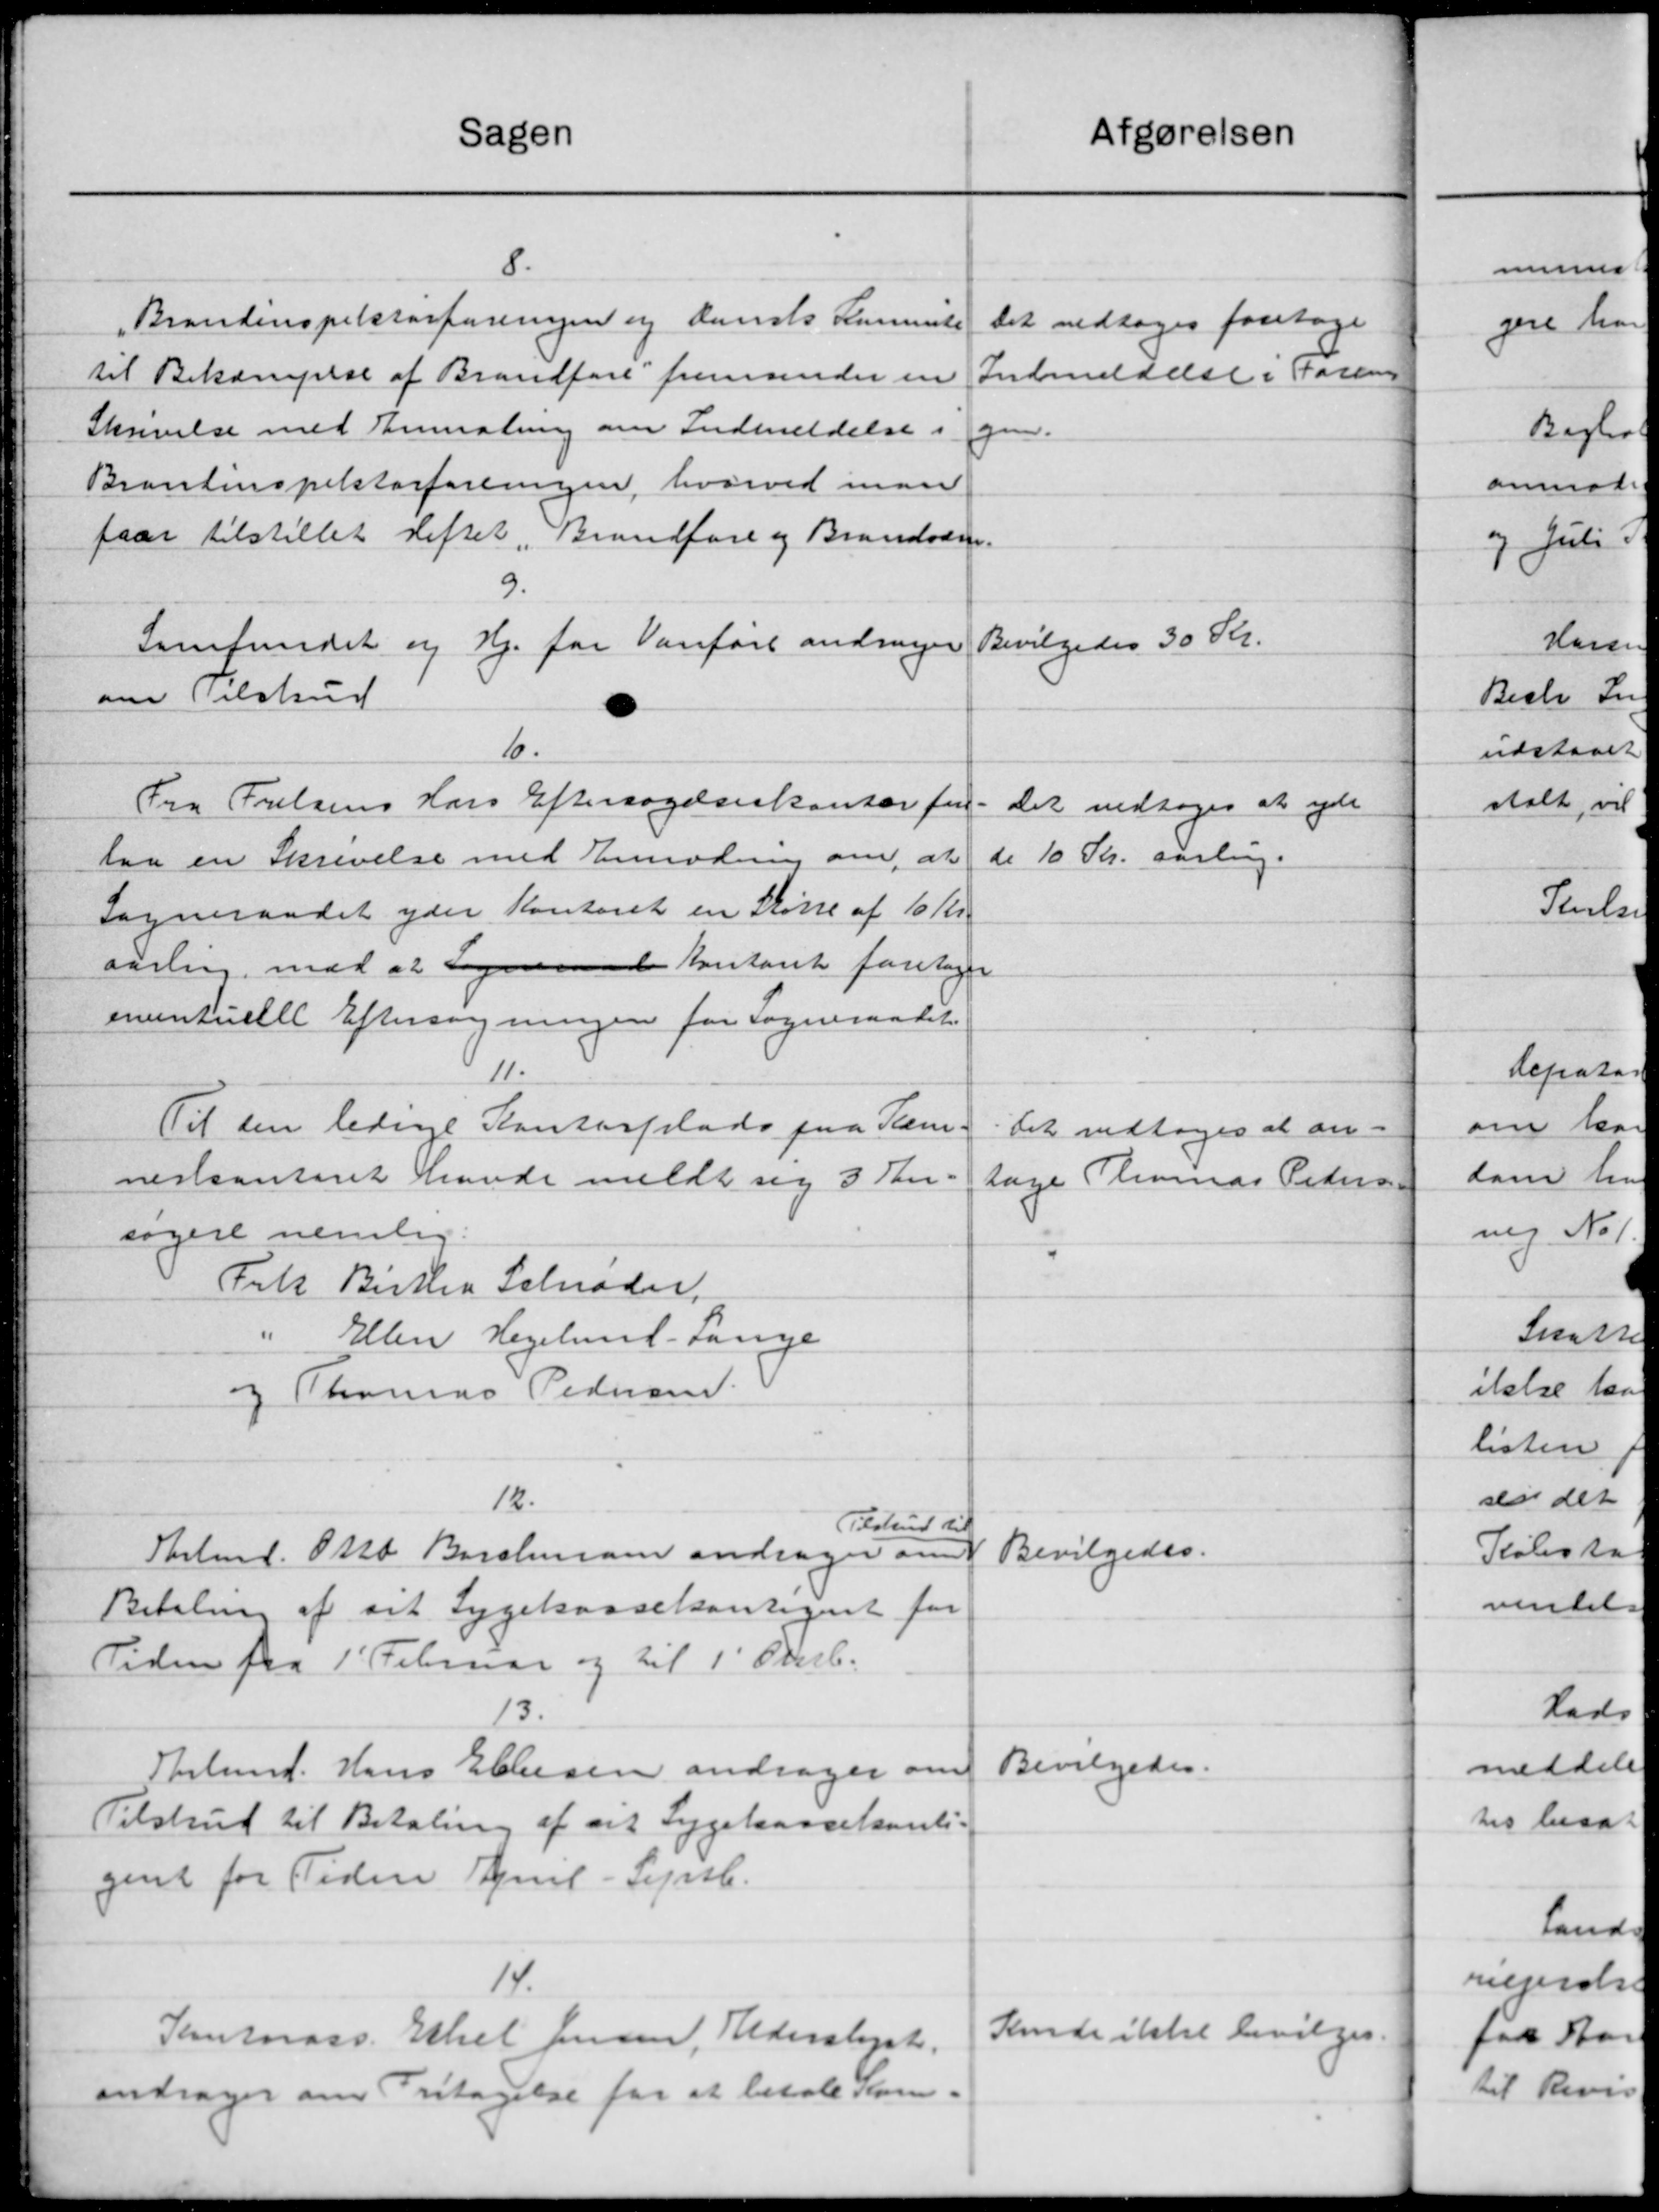
Transskription:
Sagen
Afgørelsen
8.
Brandinspektørforeningen og dansk Semente
Det vedtoges foretage
Indmeldelse i Forening
til Bekæmpelse af Brandføre fremsender en
Skrivelse med Anmodning om Indmeldelse i
gen.
Brandinspektorforeningen, hvorved man
faar tilstillet detter, Brandføre og Brandværn.
9.
Bevilgedes 30 Kr.
Samfundet og Hj. for Vanført andrager
om Tilskud
10.
Fra Frelsens Hars Eftersøgelseskontor for-
Det vedtoges at yde
de 10 Kr. aarling.
laa en Skrivelse med Enmodning om, at
Sogneraadet yder Kontoret en Skørse af 10 Kr.
aarlin, mod at Sogneraad Kristant foretages
inventuelle Eftersøgningen for Sogneraadet
11.
Til den lednige Kontorplads paa Klam-
Det vedtoges at an-
neskontoret havde meldt sig 3 An-
tage Thomas Pedersen
søgere nemlig:
Frk. Birthea Schrøder,
" Ellen Hegelund-Lange
og Thomas Pedersen.
12.
Tilskud til
Bevilgedes.
Arbmd. Otto Barchmann andrager om
Betaling af sit Sygekassekontiget for
Tiden fra 1' Februar og til 1' Oktb.
13.
Bevilgedes.
Skolemd. Hans Eftersen andrager om
Tilskud til Betaling af det Sygekassekonti-
gent for Tiden Juul-Synb.
14.
Kende ikke bevilges.
Kontorass. Ekkel Jensen, Alderslyst.
andrager om Fritagelse for at betale Kom.